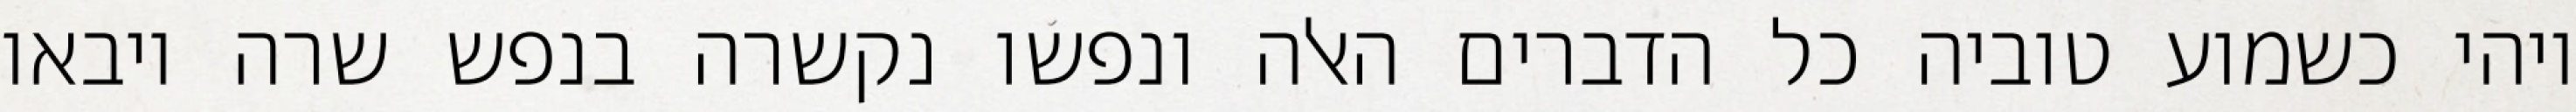
ויהי כשמוע טוביה כל הדברים האלה ונפשו נקשרה בנפש שרה ויבאו